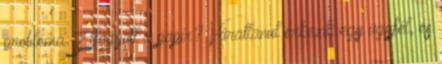
probléma: Elfogyott a papír? Váratlanul érkezik egy ügyfél, és